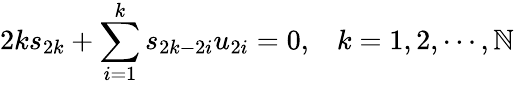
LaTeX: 2ks_{2k}+\sum_{i=1}^{k}s_{2k-2i}u_{2i}=0,\; \; \; k=1,2,\cdots,\mathbb{N}